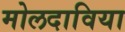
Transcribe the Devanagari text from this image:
मोलदाविया